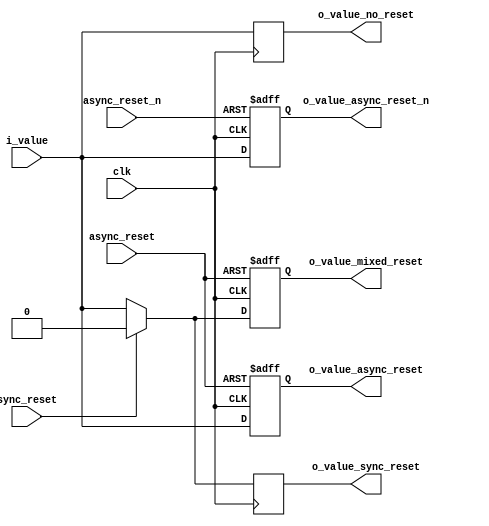
//////////////////////////////////////////////////////////////////////////////////
// Company: Personal
//
// Create Date:
// Design Name: d_ff_test
// Module Name: d_ff_test
// Project Name:
// Target Devices:
// Tool Versions:
// Description: sync / async reset test in d_ff
// Dependencies:
//
// Revision:
// Revision 0.01 - File Created
// Additional Comments:
//
//////////////////////////////////////////////////////////////////////////////////
`timescale 1ns / 1ps

module d_ff_test(
    input 	clk						,
    input 	sync_reset				,
    input 	async_reset				,
    input 	async_reset_n			,

	input 	i_value					,
    output  o_value_sync_reset		,
    output  o_value_async_reset		,
    output  o_value_async_reset_n	,
    output  o_value_mixed_reset		,
    output  o_value_no_reset
    );

    reg  r_ff_sync_reset	;
    reg  r_ff_async_reset	;
    reg  r_ff_async_reset_n	;
    reg  r_ff_mixed_reset	;
    reg  r_ff_no_reset		;
// D_FF (Case 1. sync reset)
    always @ (posedge clk) begin
        if(sync_reset) begin   
            r_ff_sync_reset <= 1'b0;
        end else begin
            r_ff_sync_reset <= i_value;
		end
   	end

// D_FF (Case 2. async reset)
    always @ (posedge clk or posedge async_reset) begin
        if(async_reset) begin   
            r_ff_async_reset <= 1'b0;
        end else begin
            r_ff_async_reset <= i_value;
		end
   	end

// D_FF (Case 3. async reset_n)
    always @ (posedge clk or negedge async_reset_n) begin
        if(!async_reset_n) begin   // Prefer logical negation
//        if(~async_reset_n) begin   
//        if(async_reset_n == 1'b0) begin   
            r_ff_async_reset_n <= 1'b0;
        end else begin
            r_ff_async_reset_n <= i_value;
		end
   	end

// D_FF (Case 4. Mixed async/sync reset)
    always @ (posedge clk or posedge async_reset) begin
        if(async_reset) begin     		// async reset
            r_ff_mixed_reset <= 1'b0;
        end else if (sync_reset) begin 	// sync reset
            r_ff_mixed_reset <= 1'b0;
		end else begin
            r_ff_mixed_reset <= i_value;
		end
   	end

// D_FF (Case 5. no reset)
    always @ (posedge clk) begin
		r_ff_no_reset <= i_value;
   	end

// Assign
    assign  o_value_sync_reset		= r_ff_sync_reset	;
    assign  o_value_async_reset		= r_ff_async_reset	;
    assign  o_value_async_reset_n	= r_ff_async_reset_n;
    assign  o_value_mixed_reset		= r_ff_mixed_reset	;
    assign  o_value_no_reset  		= r_ff_no_reset	;

endmodule